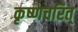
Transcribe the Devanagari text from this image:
कृष्णचरित्